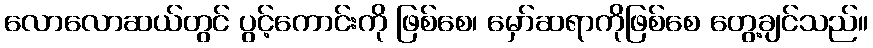
လောလောဆယ်တွင် ပွင့်ကောင်းကို ဖြစ်စေ၊ မှော်ဆရာကိုဖြစ်စေ တွေ့ချင်သည်။